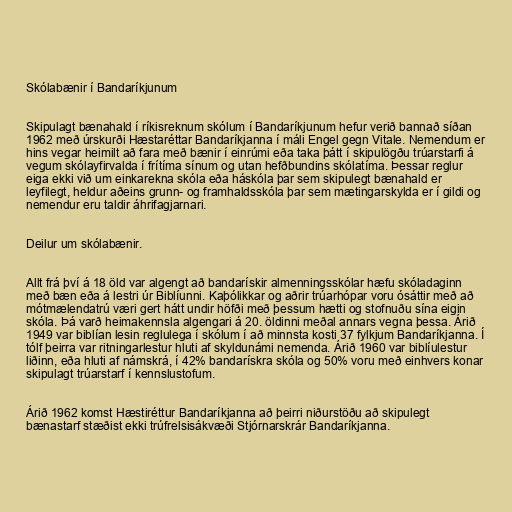
Skólabænir í Bandaríkjunum

Skipulagt bænahald í ríkisreknum skólum í Bandaríkjunum hefur verið bannað síðan
1962 með úrskurði Hæstaréttar Bandaríkjanna í máli Engel gegn Vitale. Nemendum er
hins vegar heimilt að fara með bænir í einrúmi eða taka þátt í skipulögðu trúarstarfi á
vegum skólayfirvalda í frítíma sínum og utan hefðbundins skólatíma. Þessar reglur
eiga ekki við um einkarekna skóla eða háskóla þar sem skipulegt bænahald er
leyfilegt, heldur aðeins grunn- og framhaldsskóla þar sem mætingarskylda er í gildi og
nemendur eru taldir áhrifagjarnari.

Deilur um skólabænir.

Allt frá því á 18 öld var algengt að bandarískir almenningsskólar hæfu skóladaginn
með bæn eða á lestri úr Biblíunni. Kaþólikkar og aðrir trúarhópar voru ósáttir með að
mótmælendatrú væri gert hátt undir höfði með þessum hætti og stofnuðu sína eigin
skóla. Þá varð heimakennsla algengari á 20. öldinni meðal annars vegna þessa. Árið
1949 var biblían lesin reglulega í skólum í að minnsta kosti 37 fylkjum Bandaríkjanna. Í
tólf þeirra var ritningarlestur hluti af skyldunámi nemenda. Árið 1960 var biblíulestur
liðinn, eða hluti af námskrá, í 42% bandarískra skóla og 50% voru með einhvers konar
skipulagt trúarstarf í kennslustofum.

Árið 1962 komst Hæstiréttur Bandaríkjanna að þeirri niðurstöðu að skipulegt
bænastarf stæðist ekki trúfrelsisákvæði Stjórnarskrár Bandaríkjanna.